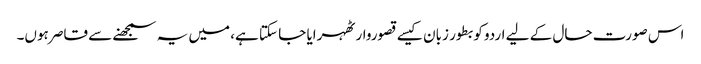
اس صورت حال کے لیے اردو کو بطور زبان کیسے قصوروار ٹھہرایا جا سکتا ہے، میں یہ سمجھنے سے قاصر ہوں۔